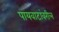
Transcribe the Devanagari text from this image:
पायवाटांवरील